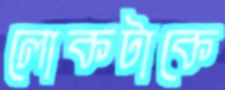
লোকটাকে